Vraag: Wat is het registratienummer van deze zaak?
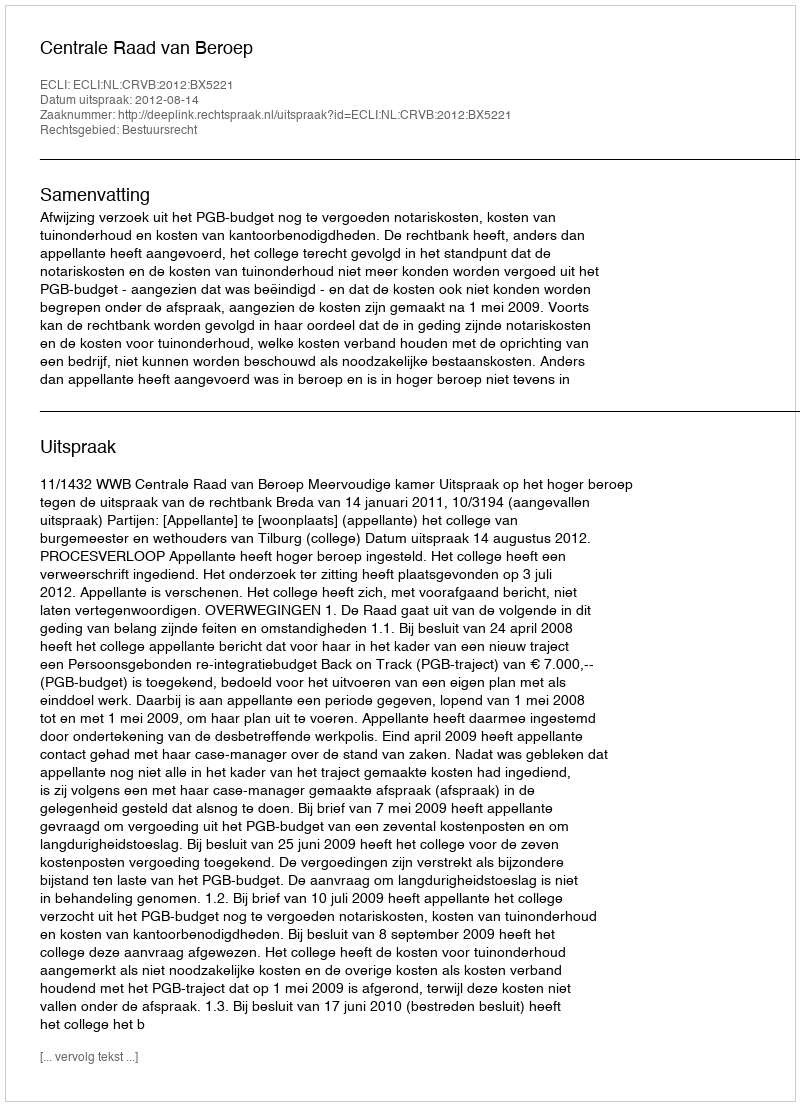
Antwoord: http://deeplink.rechtspraak.nl/uitspraak?id=ECLI:NL:CRVB:2012:BX5221